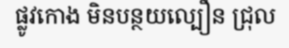
ផ្លូវកោង មិនបន្ថយល្បឿន ជ្រុល